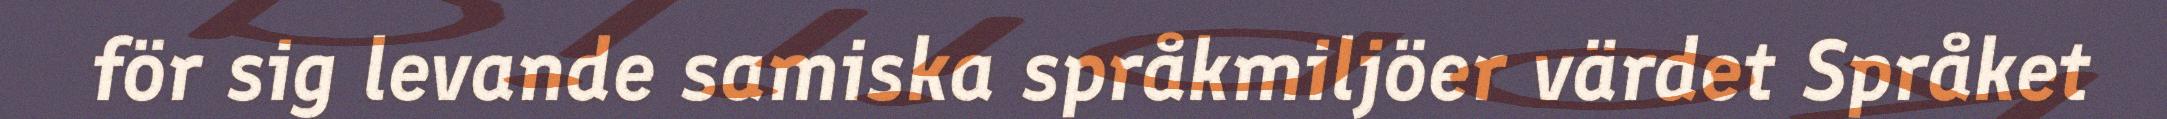
för sig levande samiska språkmiljöer värdet Språket